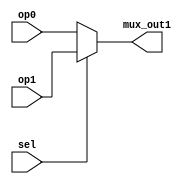
`timescale 1ns / 1ps
//////////////////////////////////////////////////////////////////////////////////
// Company: 
// Engineer: 
// 
// Design Name: 
// Module Name:    DRAP_mux2to1 
// Project Name: 
// Target Devices: 
// Tool versions: 
// Description: 
//
// Dependencies: 
//
// Revision: 
// Revision 0.01 - File Created
// Additional Comments: 
//
//////////////////////////////////////////////////////////////////////////////////
//DRAP_mux2to1
//Part of the IFETCH Module
module Ifetch_mux1(mux_out1, op0, op1, sel);
parameter B = 32; //data bits
output [B-1: 0] mux_out1;
input [B-1: 0] op0, op1;
input sel;
reg [B-1:0] tmp;
always @ (sel, op0, op1)
	if (sel) tmp = op1;
	else tmp = op0;
		assign mux_out1 = tmp;
endmodule